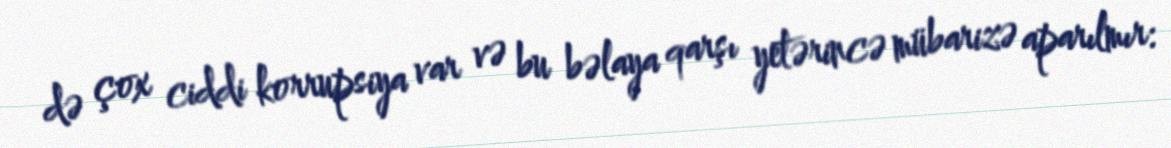
də çox ciddi korrupsiya var və bu bəlaya qarşı yetərincə mübarizə aparılmır: